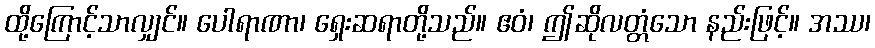
ထို့ကြောင့်သာလျှင်။ ပေါရာဏာ၊ ရှေးဆရာတို့သည်။ ဧဝံ၊ ဤဆိုလတ္တံသော နည်းဖြင့်။ အဿ၊